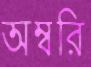
অম্বরি